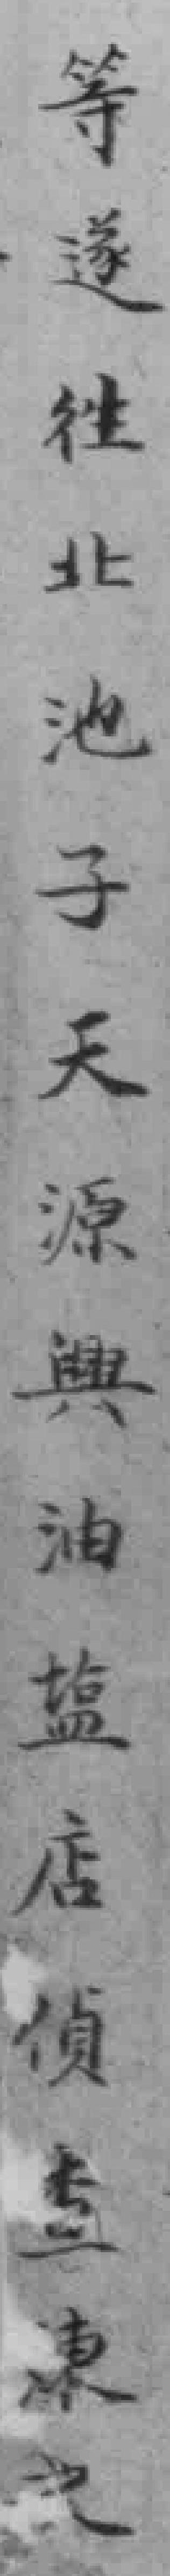
等遂往北池子天源舆油塩店偵查陳*